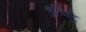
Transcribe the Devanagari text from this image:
श्रुतिकटु